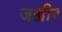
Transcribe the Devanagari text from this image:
जञ्जीर